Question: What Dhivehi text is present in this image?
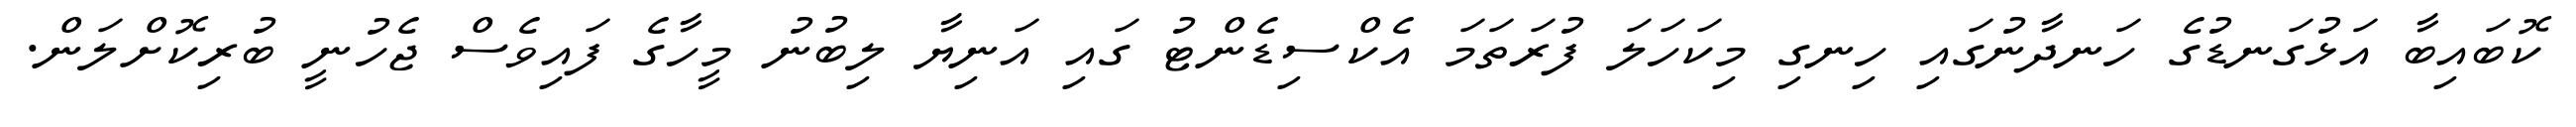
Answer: ކޮބައިބާ އަޅުގަނޑުގެ ހަނދާނުގައި ހިނގި މިކަހަލަ ފުރަތަމަ އެކްސިޑެންޓު ގައި އަނިޔާ ލިބުނު މީހާގެ ފައިވެސް ޖެހުނީ ބުރިކޮށްލަން.